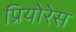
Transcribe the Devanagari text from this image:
प्रियोरेस